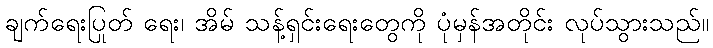
ချက်ရေးပြုတ် ရေး၊ အိမ် သန့်ရှင်းရေးတွေကို ပုံမှန်အတိုင်း လုပ်သွားသည်။